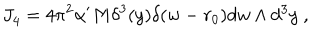
LaTeX: J _ { \it 4 } = 4 \pi ^ { 2 } \alpha ^ { \prime } M \delta ^ { 3 } ( y ) \delta ( w - r _ { 0 } ) d w \wedge d ^ { 3 } y \ ,